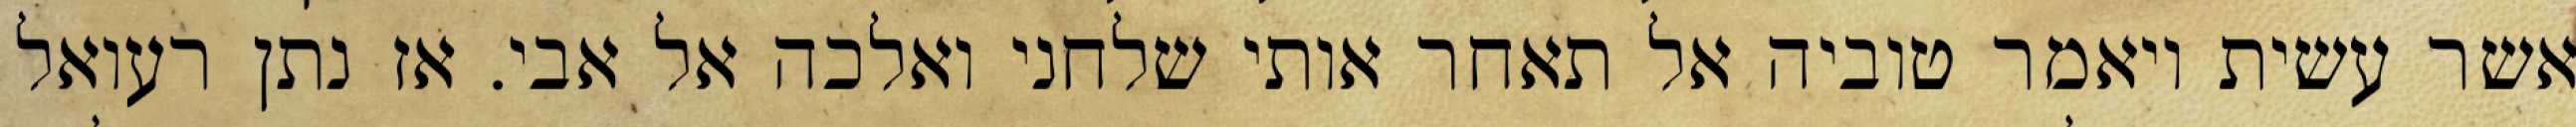
אשר עשית ויאמר טוביה אל תאחר אותי שלחני ואלכה אל אבי. אז נתן רעואל